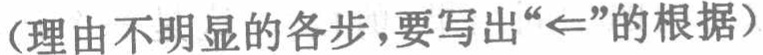
(理由不明显的各步,要写出“$\Leftarrow$”的根据)